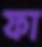
ফা